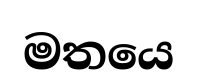
මතයෙ